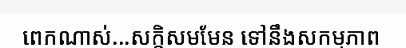
ពេកណាស់...សក្តិសមមែន ទៅនឹងសកម្មភាព